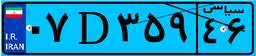
۸۸D۴۳۹۰۵